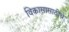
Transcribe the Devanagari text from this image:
विकासासाठीचे